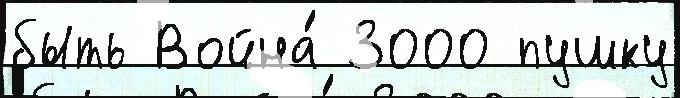
быть Война́ 3000 пушку